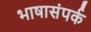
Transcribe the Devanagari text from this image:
भाषासंपर्क